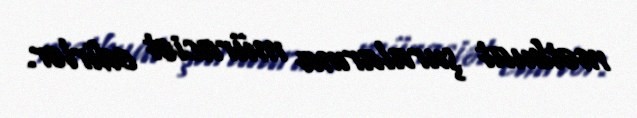
mətbuat şuralarına müraciət edirlər.